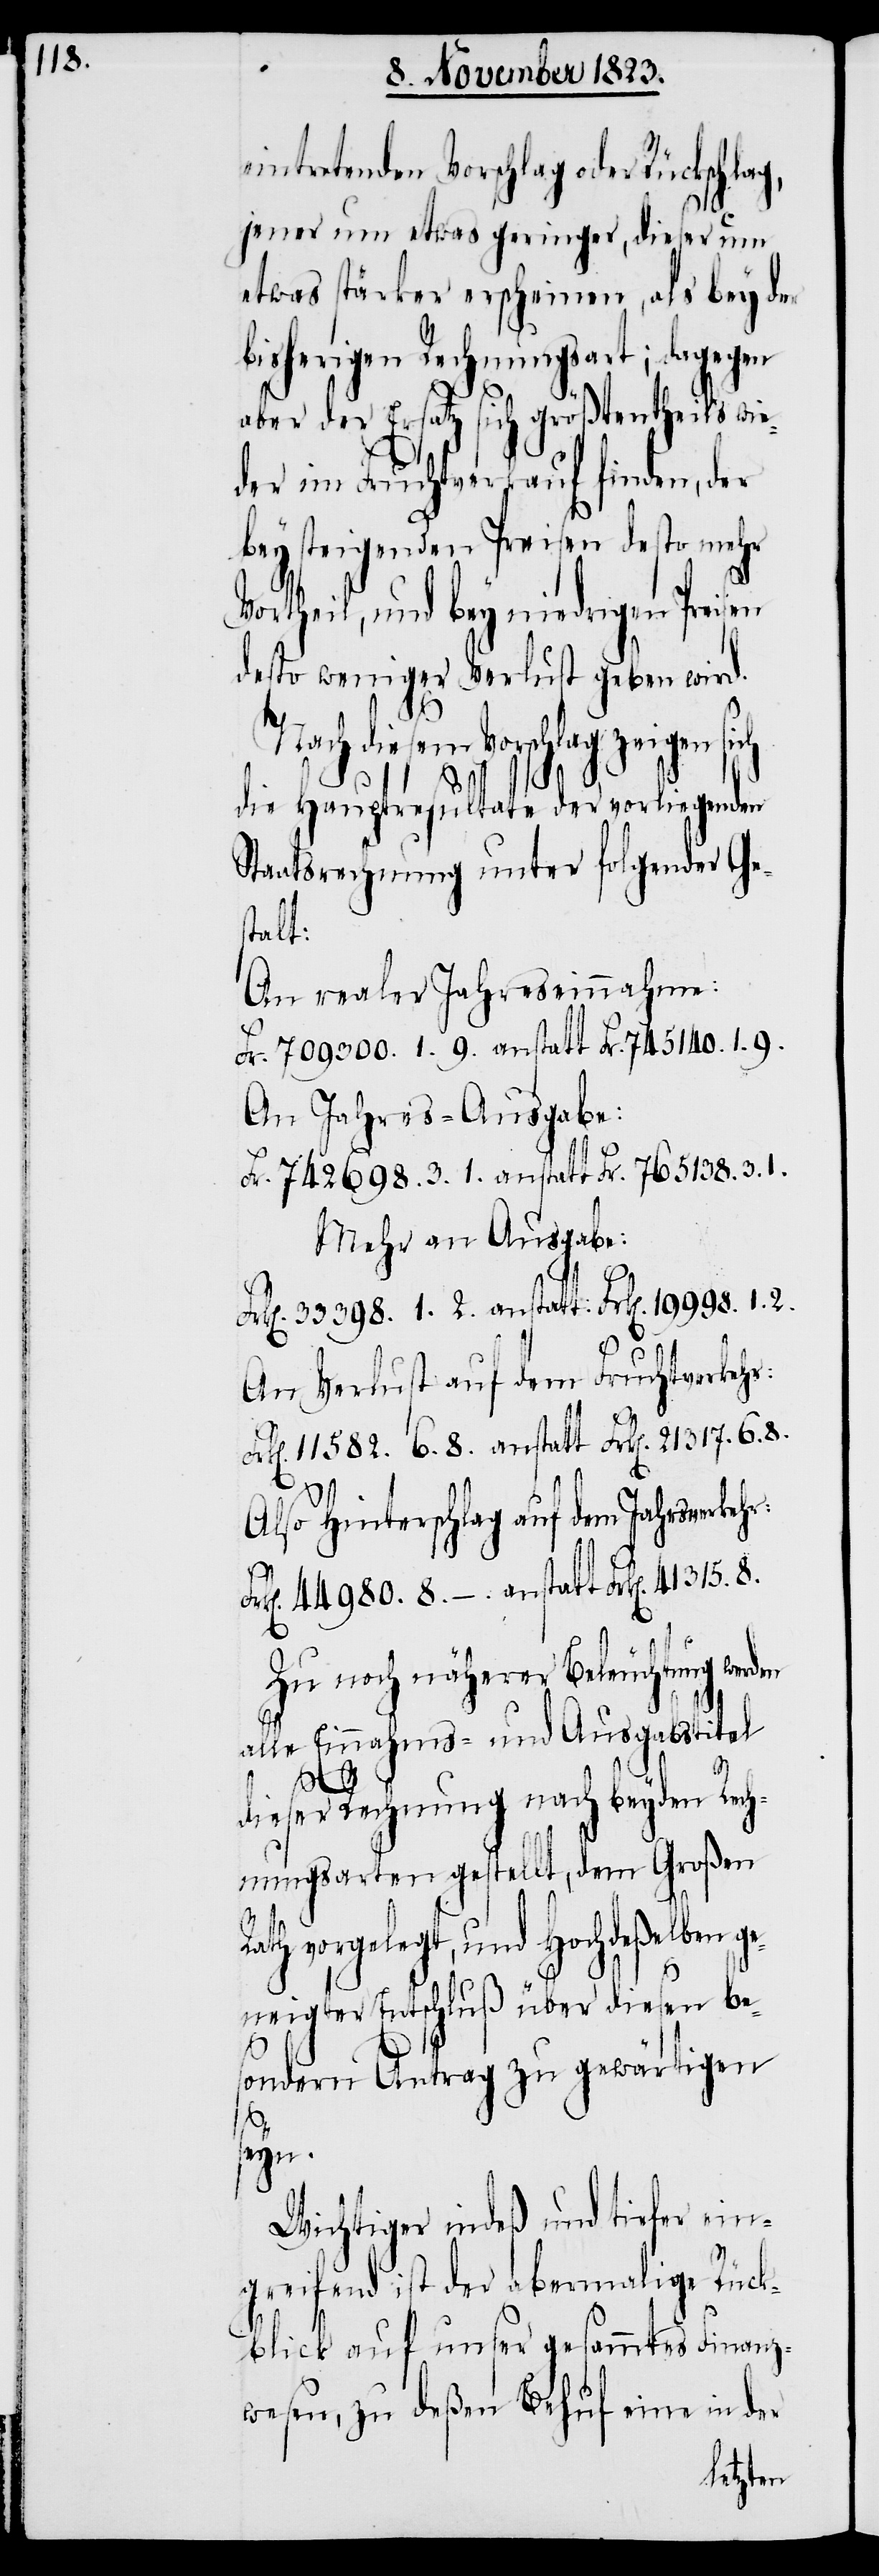
eintretenden Vorschlag oder Rückschlag,
jener um etwas geringer, dieser um
etwas stärker erscheinen, als bey der
bisherigen Rechnungsart; dagegen
aber der Ersatz sich größtentheils wie¬
der im Fruchtverkauf finden, der
bey steigenden Preisen desto mehr
Vortheil, und bey niedrigen Preisen
desto weniger Verlust geben wird.
Nach diesem Vorschlag zeigen
die Hauptresultate der vorliegenden
Staatsrechnung unter folgender Ge¬
stalt:
An realer Jahreseinnahme:
Fr. 7909300. 1. 9. anstatt Fr. 745140. 1. 9.
An Jahres-Ausgabe:
Fr. 742698. 3. 1. anstatt Fr. 765138. 3. 1.
Mehr an Ausgabe:
Frk[en]. 33398. 1. 2. anstatt: Frk[en]. 19998. 1.
An Verlust auf dem Fruchtverkehr:
k[en]. 11582. 6. 8. anstatt Frk[en]. 21317. 6. 8.
Fr¬
Also Hinterschlag auf dem Jahrsverkehr:
Frk[en]. 44980. 8. −. anstatt Frk[en]. 41315.
Zu noch näherer Beleuchtung werden
alle Einnahms- und Ausgabstitel
dieser Rechnung nach beyden Rech¬
nungsarten gestellt, dem Großen
vorgelegt, und Hochdeßelben
geneigter Entschluß über diesen be¬
sondern Antrag zu gewärtigen
seyn.
Wichtiger indeß und tiefer ein¬
greifend ist der abermalige Rück¬
blick auf unser gesammtes Finanz¬
wesen, zu deßen Behuf eine in der